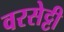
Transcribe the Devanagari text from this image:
वरसेट्टी